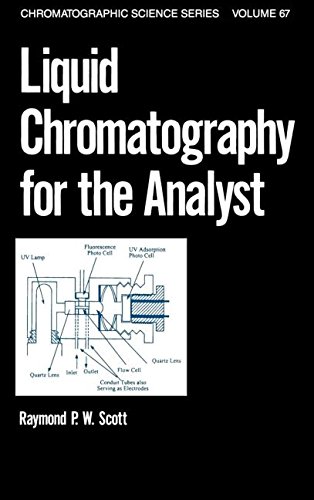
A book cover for Liquid Chromatography for the Analyst (Chromatographic Science Series); Raymond P.W. Scott; Science & Math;